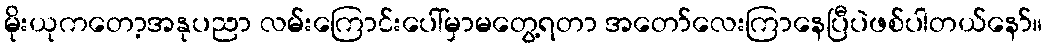
မိုးယုကတော့အနုပညာ လမ်းကြောင်းပေါ်မှာမတွေ့ရတာ အတော်လေးကြာနေပြီပဲဖစ်ပါတယ်နော်။